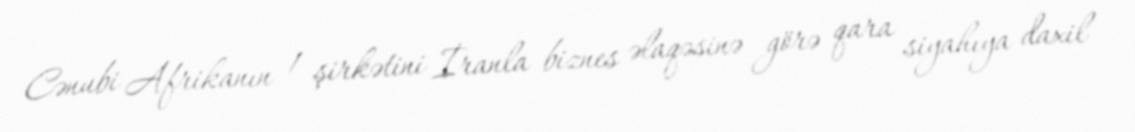
Cənubi Afrikanın 1 şirkətini İranla biznes əlaqəsinə görə qara siyahıya daxil